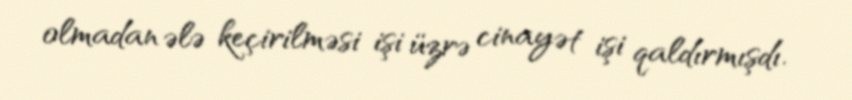
olmadan ələ keçirilməsi işi üzrə cinayət işi qaldırmışdı.